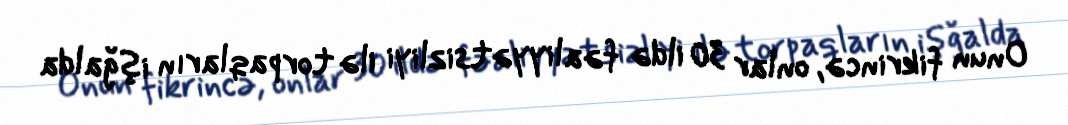
Onun fikrincə, onlar 30 ildə fəaliyyətsizliyi ilə torpaqların işğalda